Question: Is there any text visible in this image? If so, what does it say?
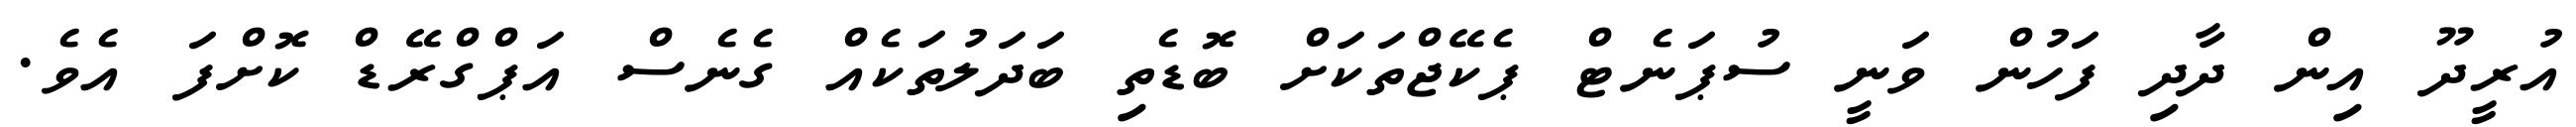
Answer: އުރީދޫ އިން ދާދި ފަހުން ވަނީ ސުޕަނެޓް ޕެކޭޖްތަކަށް ބޮޑެތި ބަދަލުތަކެއް ގެނެސް އަޕްގްރޭޑް ކޮށްފަ އެވެ.